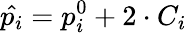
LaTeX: \hat{p_{i}}=p_{i}^{0}+2\cdot C_{i}